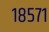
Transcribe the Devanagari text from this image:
१८५७१